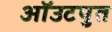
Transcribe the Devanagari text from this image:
ऑउटपुत